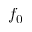
f _ { 0 }